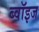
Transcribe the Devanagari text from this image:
ब्वॉइज